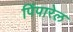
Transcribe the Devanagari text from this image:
पिंपारेल